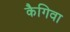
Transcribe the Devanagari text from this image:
कैगिवा